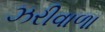
ઝરીવાળા